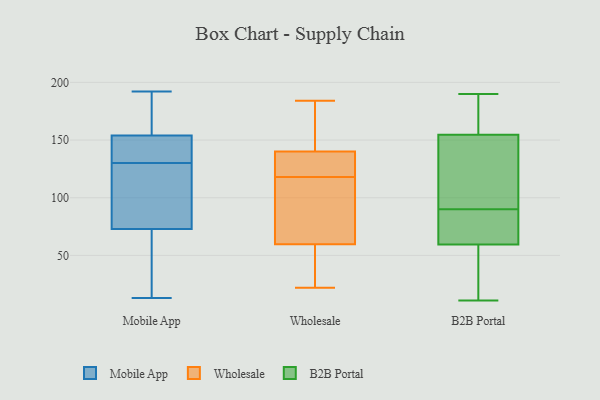
{"axis": {"x": "Bounce Rate (%)", "y": "Value"}, "legend": ["B2B Portal", "Mobile App", "Wholesale"], "data": [{"x": "", "y": 73, "type": "Mobile App"}, {"x": "", "y": 192, "type": "Mobile App"}, {"x": "", "y": 154, "type": "Mobile App"}, {"x": "", "y": 113, "type": "Mobile App"}, {"x": "", "y": 134, "type": "Mobile App"}, {"x": "", "y": 43, "type": "Mobile App"}, {"x": "", "y": 22, "type": "Mobile App"}, {"x": "", "y": 165, "type": "Mobile App"}, {"x": "", "y": 157, "type": "Mobile App"}, {"x": "", "y": 13, "type": "Mobile App"}, {"x": "", "y": 166, "type": "Mobile App"}, {"x": "", "y": 148, "type": "Mobile App"}, {"x": "", "y": 153, "type": "Mobile App"}, {"x": "", "y": 38, "type": "Mobile App"}, {"x": "", "y": 131, "type": "Mobile App"}, {"x": "", "y": 91, "type": "Mobile App"}, {"x": "", "y": 129, "type": "Mobile App"}, {"x": "", "y": 81, "type": "Mobile App"}, {"x": "", "y": 139, "type": "Wholesale"}, {"x": "", "y": 143, "type": "Wholesale"}, {"x": "", "y": 50, "type": "Wholesale"}, {"x": "", "y": 82, "type": "Wholesale"}, {"x": "", "y": 85, "type": "Wholesale"}, {"x": "", "y": 181, "type": "Wholesale"}, {"x": "", "y": 63, "type": "Wholesale"}, {"x": "", "y": 184, "type": "Wholesale"}, {"x": "", "y": 139, "type": "Wholesale"}, {"x": "", "y": 118, "type": "Wholesale"}, {"x": "", "y": 22, "type": "Wholesale"}, {"x": "", "y": 26, "type": "Wholesale"}, {"x": "", "y": 119, "type": "Wholesale"}, {"x": "", "y": 177, "type": "B2B Portal"}, {"x": "", "y": 11, "type": "B2B Portal"}, {"x": "", "y": 70, "type": "B2B Portal"}, {"x": "", "y": 190, "type": "B2B Portal"}, {"x": "", "y": 100, "type": "B2B Portal"}, {"x": "", "y": 76, "type": "B2B Portal"}, {"x": "", "y": 55, "type": "B2B Portal"}, {"x": "", "y": 178, "type": "B2B Portal"}, {"x": "", "y": 117, "type": "B2B Portal"}, {"x": "", "y": 64, "type": "B2B Portal"}, {"x": "", "y": 49, "type": "B2B Portal"}, {"x": "", "y": 32, "type": "B2B Portal"}, {"x": "", "y": 77, "type": "B2B Portal"}, {"x": "", "y": 53, "type": "B2B Portal"}, {"x": "", "y": 176, "type": "B2B Portal"}, {"x": "", "y": 80, "type": "B2B Portal"}, {"x": "", "y": 131, "type": "B2B Portal"}, {"x": "", "y": 150, "type": "B2B Portal"}, {"x": "", "y": 159, "type": "B2B Portal"}, {"x": "", "y": 150, "type": "B2B Portal"}]}